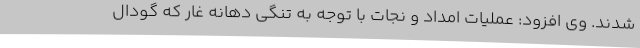
شدند. وی افزود: عملیات امداد و نجات با توجه به تنگی دهانه غار که گودال